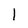
Character: 1